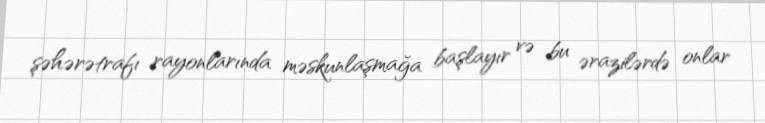
şəhərətrafı rayonlarında məskunlaşmağa başlayır və bu ərazilərdə onlar